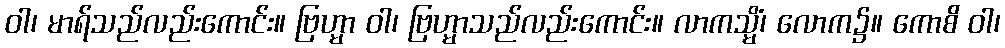
ဝါ၊ မာရ်သည်လည်းကောင်း။ ဗြဟ္မာ ဝါ၊ ဗြဟ္မာသည်လည်းကောင်း။ လာကသ္မိံ၊ လောက၌။ ကောစိ ဝါ၊